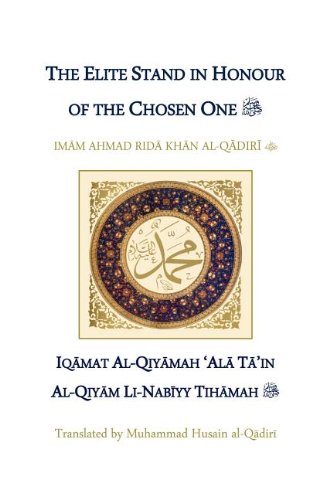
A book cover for The Elite Stand in Honour of the Chosen One; Ahmad Rida Khan; Religion & Spirituality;